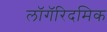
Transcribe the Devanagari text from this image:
लॉगॅरिदमिक